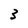
Character: 3